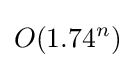
O(1.74^{n})